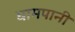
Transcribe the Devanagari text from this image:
घामपानी